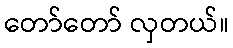
တော်တော် လှတယ်။